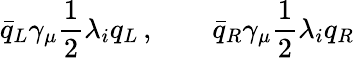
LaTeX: \bar{q}_{L}\gamma_{\mu}{\frac{1}{2}}\lambda_{i}q_{L}\, ,\qquad\bar{q}_{R}\gamma_{\mu}{\frac{1}{2}}\lambda_{i}q_{R}